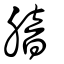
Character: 腤